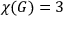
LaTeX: \chi ( G ) = 3